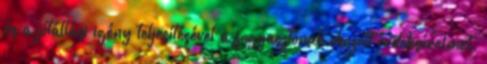
és a jótállási igény teljesítésével a fogyasztónak okozott érdeksérelmet.